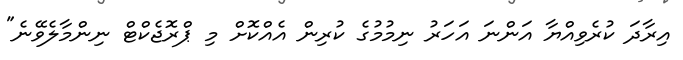
އިރާދަ ކުރެވިއްޔާ އަންނަ އަހަރު ނިމުމުގެ ކުރިން އެއްކޮށް މި ޕްރޮޖެކްްޓް ނިންމާލެވޭނެ"